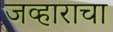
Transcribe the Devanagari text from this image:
जव्हाराचा